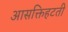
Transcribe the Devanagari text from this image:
आसक्तिहटती